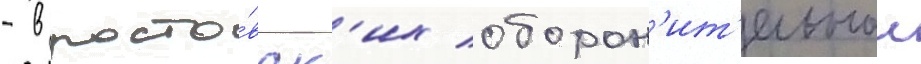
- в росто́вск'их оборон'ит'ельнои